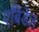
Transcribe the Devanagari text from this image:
एबिडेल